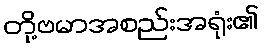
တို့ဗမာအစည်းအရုံး၏